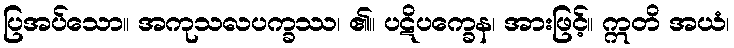
ပြအပ်သော။ အကုသလပက္ခဿ၊ ၏။ ပဋိပက္ခေန၊ အားဖြင့်။ ဣတိ အယံ၊